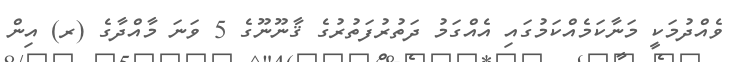
ވެއްދުމަކީ މަނާކަމެއްކަމުގައި އެއްގަމު ދަތުރުފަތުރުގެ ޤާނޫނޫގެ 5 ވަނަ މާއްދާގެ (ރ) އިން